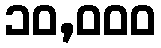
၁၀,၀၀၀